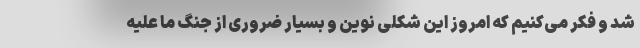
شد و فکر می‌کنیم که امروز این شکلی نوین و بسیار ضروری از جنگ ما علیه